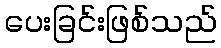
ပေးခြင်းဖြစ်သည်